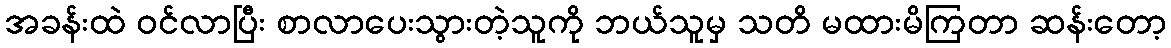
အခန်းထဲ ဝင်လာပြီး စာလာပေးသွားတဲ့သူကို ဘယ်သူမှ သတိ မထားမိကြတာ ဆန်းတော့